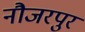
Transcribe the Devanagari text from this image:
नौजरपुर